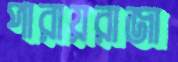
পারায়রাজা